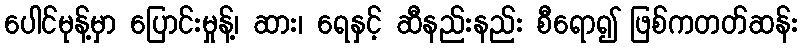
ပေါင်မုန့်မှာ ပြောင်းမှုန့်၊ ဆား၊ ရေနှင့် ဆီနည်းနည်း စီရော၍ ဖြစ်ကတတ်ဆန်း